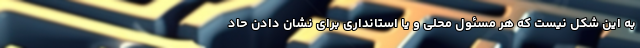
به این شکل نیست که هر مسئول محلی و یا استانداری برای نشان دادن حاد